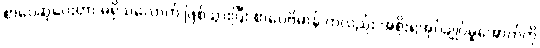
စာပေဆုပေးတာ မရှိသလောက် ဖြစ်သွားပြီး စာပေဗိမာန် ကလည်း အစိုးရအုပ်ချုပ်မှုအောက်ကို